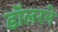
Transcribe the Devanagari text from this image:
डॉलरने